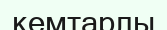
кемтарлы